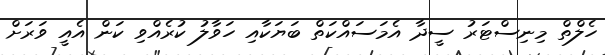
ހެލްތް މިނިސްޓަރު ސީދާ އެމަސައްކަތް ބަޔަކާއި ހަވާލު ކުރެއްވި ކަން އެއީ ވަރަށް